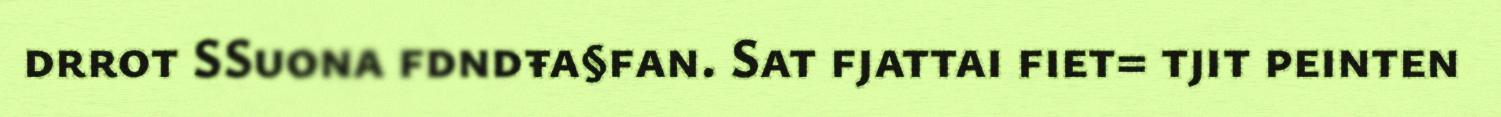
drrot SSuona fdndŧa§fan. Sat fjattai fiet= tjit peinten